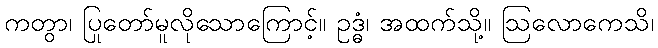
ကတွာ၊ ပြုတော်မူလိုသောကြောင့်။ ဥဒ္ဓံ၊ အထက်သို့။ ဩလောကေသိ၊